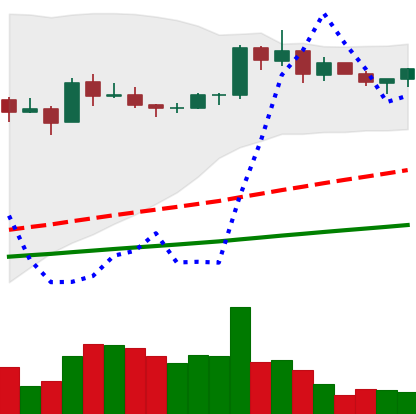
Ticker: BNB-USD
Chart end date: 2021-03-17
Forward return: -5.171%
Label: down_5_7